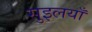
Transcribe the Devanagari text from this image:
सुइलयाँ